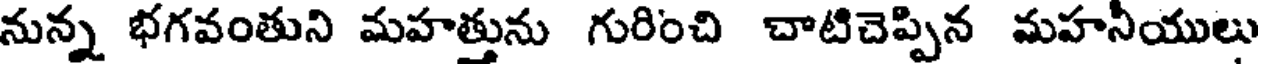
నున్న భగవంతుని మహత్తును గురించి చాటిచెప్పిన మహనీయులు